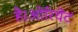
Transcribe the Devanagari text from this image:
है।ओरियेंट